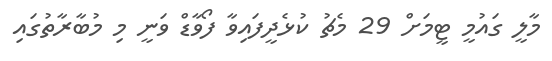
މާލީ ގައުމީ ޓީމަށް 29 މެޗު ކުޅެދީފައިވާ ފޯވާޑް ވަނީ މި މުބާރާތުގައި